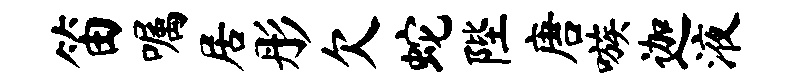
笛嘱居彤欠蛇陛唐嗾迦液